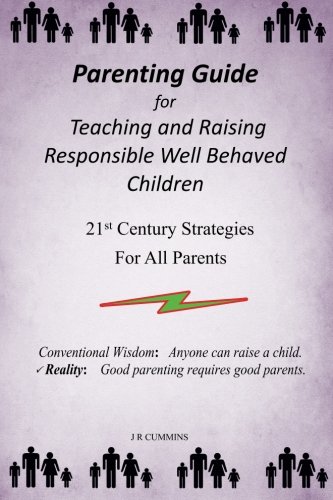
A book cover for Parenting Guide for Teaching and Raising Responsible Well Behaved Children: A book to teach values and practical positive reinforcement methods, to ... problems, bad habits and fixes are listed.; J R Cummins; Parenting & Relationships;